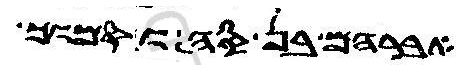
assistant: ואברהם הוו